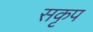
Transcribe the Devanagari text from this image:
सकृप